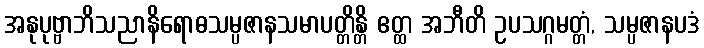
အနုပုဗ္ဗာဘိသညာနိရောဓသမ္ပဇာနသမာပတ္တိန္တိ ဧတ္ထ အဘီတိ ဥပသဂ္ဂမတ္တံ, သမ္ပဇာနပဒံ